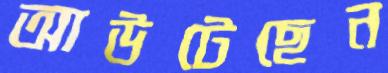
আউটেছেন